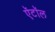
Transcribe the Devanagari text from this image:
ऍटॉल